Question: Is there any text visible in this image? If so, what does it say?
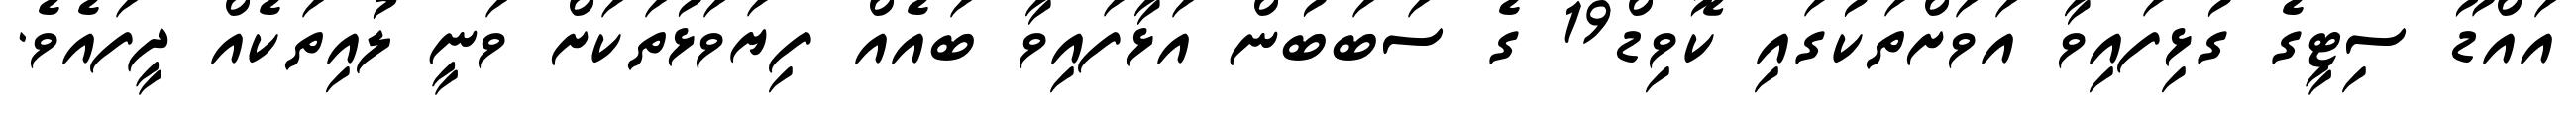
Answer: އައްޑޫ ސިޓީގެ ގުޅިފައިވާ އަވަށްތަކުގައި ކޮވިޑް19 ގެ ސަބަބުން އަޅާފައިވާ ބައެއް ފިޔަވަޅުތަކަށް ވަނީ ލުއިތަކެއް ދީފައެވެ.